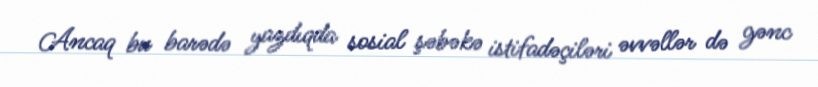
Ancaq bu barədə yazdıqda sosial şəbəkə istifadəçiləri əvvəllər də gənc